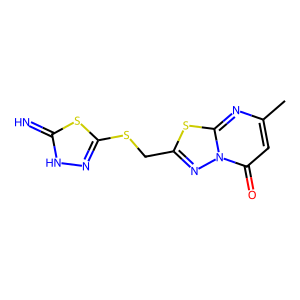
SMILES: Cc1cc(=O)n2nc(CSc3n[nH]c(=N)s3)sc2n1
Inhibits HIV replication: No